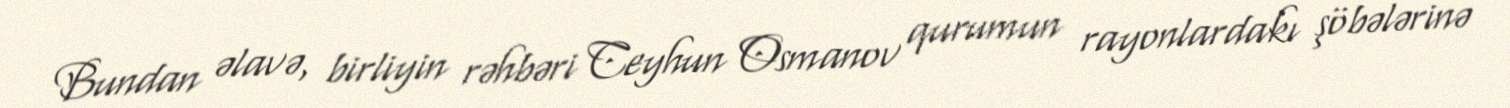
Bundan əlavə, birliyin rəhbəri Ceyhun Osmanov qurumun rayonlardakı şöbələrinə